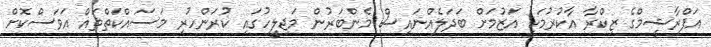
އަފްރާޝީމްގެ ޒިކްރާ އާކުރުމަކީ އަޒުމަށް ބަދަލެއްނައިސް މެންބަރުން މަޖިލީހުގައި ކުރަންހުރި މަސައްކަތްތައް އަވަސްކޮށް